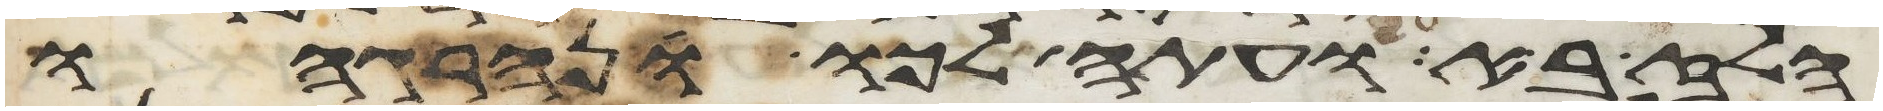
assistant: הלז בא ועתה לכו ונהרגהו